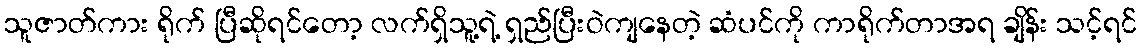
သူဇာတ်ကား ရိုက် ပြီဆိုရင်တော့ လက်ရှိသူ့ရဲ့ ရှည်ပြီးဝဲကျနေတဲ့ ဆံပင်ကို ကာရိုက်တာအရ ချိန်း သင့်ရင်